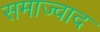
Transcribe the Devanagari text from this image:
समाज्वाद